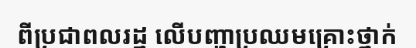
ពីប្រជាពលរដ្ឋ លើបញ្ហាប្រឈមគ្រោះថ្នាក់